Serum-therapy of plague in India - Number 20
Disease focus: Plague
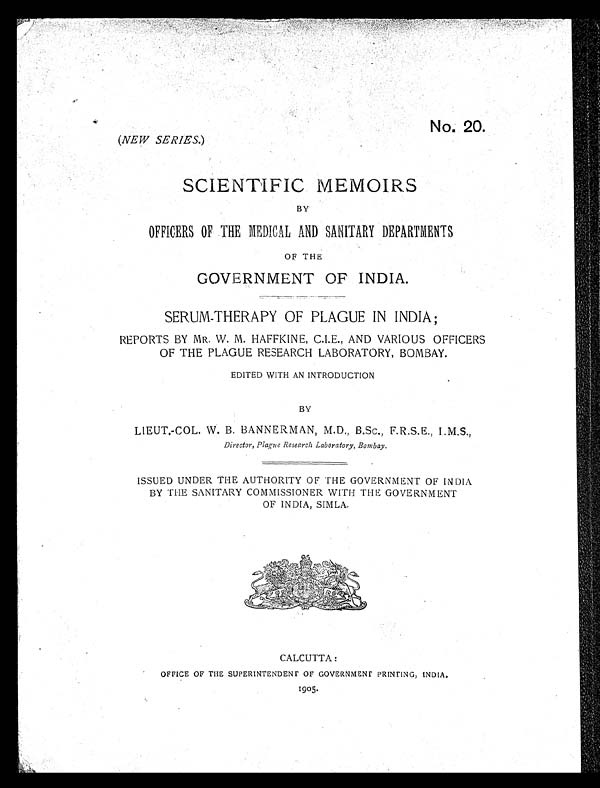
No. 20.
(NEW SERIES.)
SCIENTIFIC MEMOIRS
BY
OFFICERS OF THE MEDICAL AND SANITARY DEPARTMENTS
OF THE
GOVERNMENT OF INDIA.
SERUM-THERAPY OF PLAGUE IN INDIA;
REPORTS BY MR. W. M. HAFFKINE, C.I.E., AND VARIOUS OFFICERS
OF THE PLAGUE RESEARCH LABORATORY, BOMBAY.
EDITED WITH AN INTRODUCTION
BY
LIEUT.-COL. W. B. BANNERMAN, M.D., B.Sc., F.R.S.E., I.M.S.,
Director, Plague Research Laboratory, Bombay.
ISSUED UNDER THE AUTHORITY OF THE GOVERNMENT OF INDIA
BY THE SANITARY COMMISSIONER WITH THE GOVERNMENT
OF INDIA, SIMLA.
CALCUTTA:
OFFICE OF THE SUPERINTENDENT OF GOVERNMENT PRINTING, INDIA.
1905.